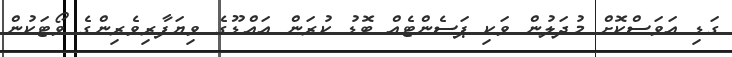
ގަޑި އަވަސްކޮށް މުދަލުން ވަކި ޕަސެންޓެއް ބޮޑު ކުރަން އައްޑޫގެ ވިޔަފާރިވެރިންގެ ވޯޓަކުން